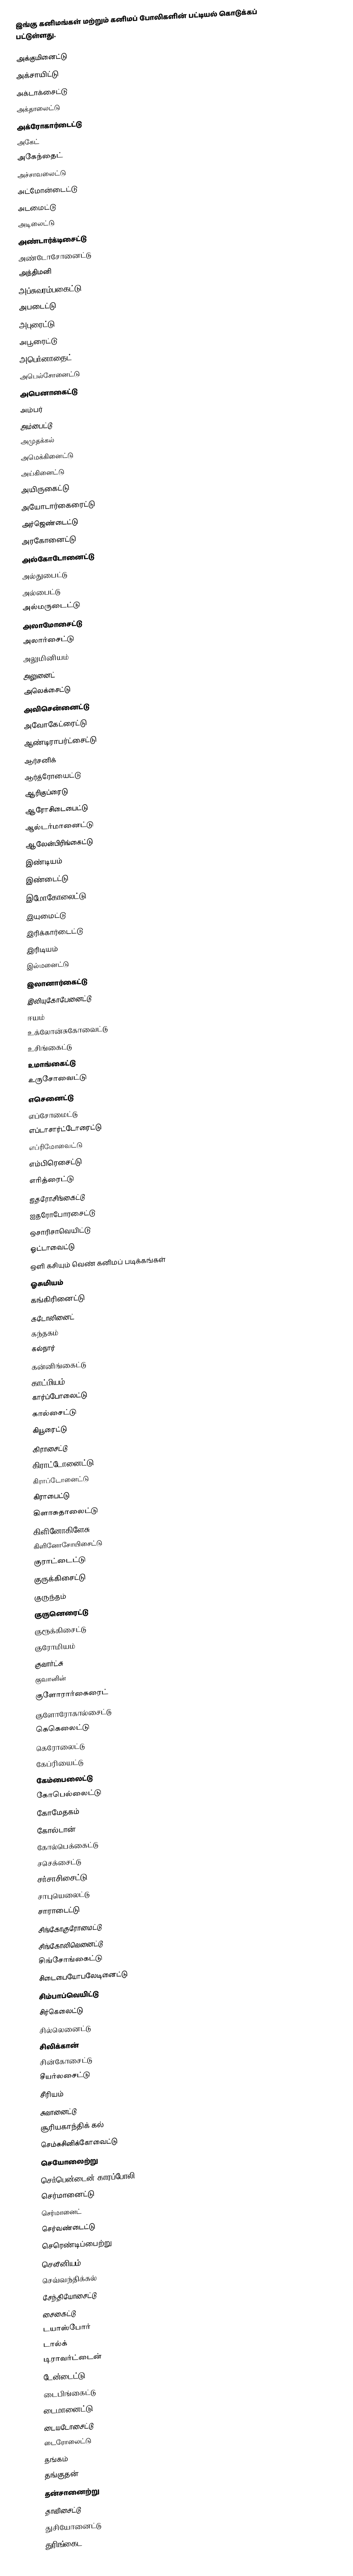
இங்கு கனிமங்கள் மற்றும் கனிமப் போலிகளின் பட்டியல் கொடுக்கப் பட்டுள்ளது.

அக்குமினைட்டு
அக்சாயிட்டு
அக்டாக்சைட்டு
அக்தாலைட்டு
அக்ரோகார்டைட்டு
அகேட்
அகேந்தைட்
அச்சாவலைட்டு
அட்மோன்டைட்டு
அடமைட்டு
அடிலைட்டு
அண்டார்க்டிசைட்டு
அண்டோசோனைட்டு
அந்திமனி
அப்சுவரம்பகைட்டு
அபடைட்டு
அபுரைட்டு
அபூரைட்டு
அபெர்னாதைட்
அபெல்சோனைட்டு
அபெனாகைட்டு
அம்பர்
அம்பைட்டு
அமுதக்கல்
அமெக்கினைட்டு
அய்கினைட்டு
அயிருகைட்டு
அயோடார்கைரைட்டு
அர்ஜெண்டைட்டு
அரகோனைட்டு
அல்கோடோனைட்டு
அல்துபைட்டு
அல்பைட்டு
அல்மருடைட்டு
அலாமோசைட்டு
அலார்சைட்டு
அலுமினியம்
அலுனைட்
அலெக்சைட்டு
அவிசென்னைட்டு
அவோகேட்ரைட்டு
ஆண்டிராபர்ட்சைட்டு
ஆர்சனிக்
ஆர்த்ரோயைட்டு
ஆரிகுப்ரைடு
ஆரோசிடைபைட்டு
ஆல்டர்மானைட்டு
ஆலேன்பிரிங்கைட்டு
இண்டியம்
இண்டைட்டு
இமோகோலைட்டு
இயுமைட்டு
இரிக்கார்டைட்டு
இரிடியம்
இல்மனைட்டு
இலானார்கைட்டு
இலியுகோபேனைட்டு
ஈயம்
உக்லோன்சுகோவைட்டு
உசிங்கைட்டு
உமாங்கைட்டு
உருசோவைட்டு
எசெனைட்டு
எப்சோமைட்டு
எப்டாசார்ட்டோரைட்டு
எப்ரிமோவைட்டு
எம்பிரெசைட்டு
எரித்ரைட்டு
ஐதரோசிங்கைட்டு
ஐதரோபோரசைட்டு
ஒசாரிசாவெயிட்டு
ஒட்டாவைட்டு
ஒளி கசியும் வெண் கனிமப் படிக்கங்கள்
ஓசுமியம்
கங்கிரினைட்டு
கடோலினைட்
கந்தகம்
கல்நார்
கன்னிங்கைட்டு
காட்மியம்
கார்ப்போலைட்டு
கால்சைட்டு
கியூரைட்டு
கிராசைட்டு
கிராட்டோனைட்டு
கிராப்டோனைட்டு
கிராபைட்டு
கிளாசுதாலைட்டு
கிளினோகிளேசு
கிளினோசோயிசைட்டு
குராட்டைட்டு
குருக்கிசைட்டு
குருந்தம்
குருனெரைட்டு
குரூக்கிசைட்டு
குரோமியம்
குவார்ட்சு
குவானின்
குளோரார்கைரைட்
குளோரோகால்சைட்டு
கெகெலைட்டு
கெரோலைட்டு
கேப்ரியைட்டு
கேம்பைலைட்டு
கோபெல்லைட்டு
கோமேதகம்
கோல்டான்
கோல்பெக்கைட்டு
சசெக்சைட்டு
சர்சாசிசைட்டு
சாபுயெலைட்டு
சாராடைட்டு
சிங்கோகுரோமைட்டு
சிங்கோலிவெனைட்டு
சிங்சோங்கைட்டு
சிடைபையோபலேடினைட்டு
சிம்பாப்வெயிட்டு
சிர்கெலைட்டு
சில்லெனைட்டு
சிலிக்கான்
சின்கோசைட்டு
சீயர்லசைட்டு
சீரியம்
சுவானைட்டு
சூரியகாந்திக் கல்
செம்சுசினிக்கோவைட்டு
செயோலைற்று
செர்பென்டைன் காரப்போலி
செர்மானைட்டு
செர்மானைட்
செர்வண்டைட்டு
செரெண்டிப்பைற்று
செலீனியம்
செவ்வந்திக்கல்
சேந்தியோசைட்டு
சைகைட்டு
டயாஸ்பாோ்
டால்க்
டிராவர்ட்டைன்
டேன்டைட்டு
டைபிங்கைட்டு
டைமானைட்டு
டையடோசைட்டு
டைரோலைட்டு
தங்கம்
தங்குதன்
தன்சானைற்று
தாவிசைட்டு
துசியோனைட்டு
துரிங்கைட